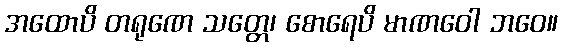
အထောပိ တရုဏေ သတ္တေ၊ စောရေပိ မာဏဝေါ ဘဝေ။